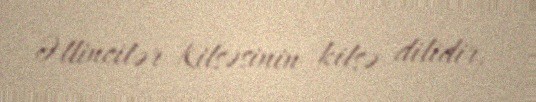
Əllincilər Kilsəsinin kilsə dilidir.